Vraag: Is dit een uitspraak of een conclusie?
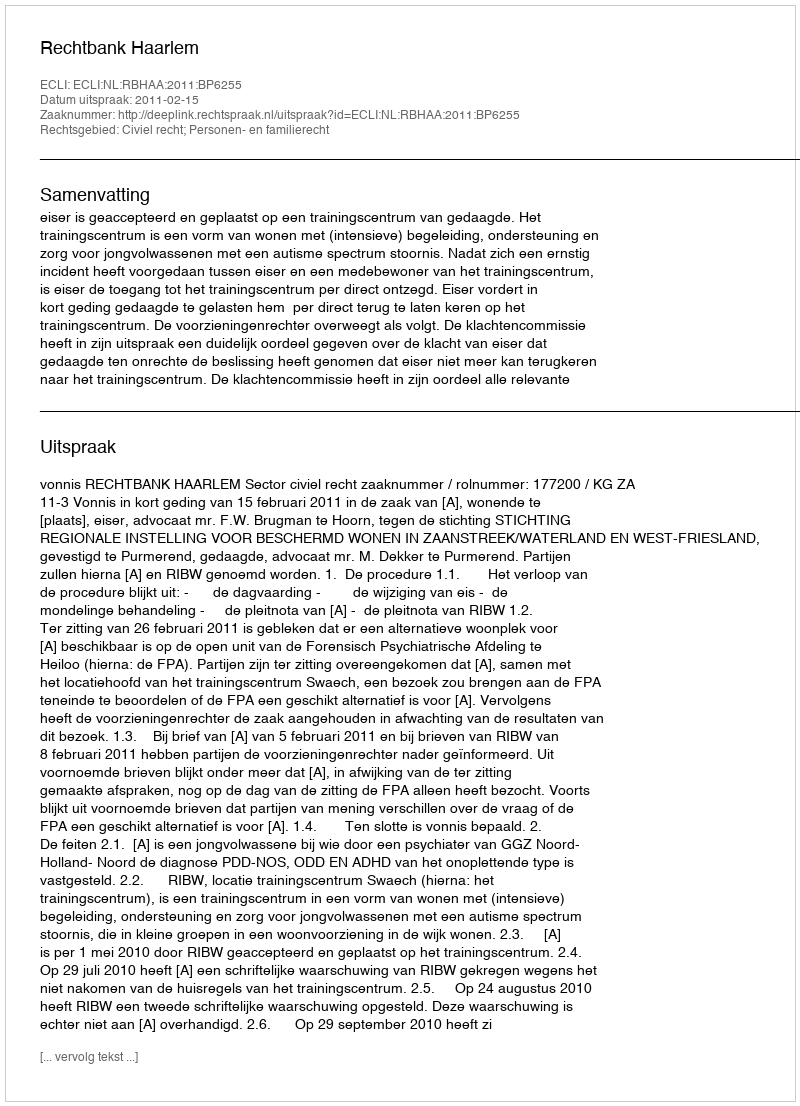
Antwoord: Uitspraak